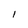
Character: l